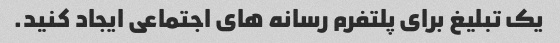
یک تبلیغ برای پلتفرم رسانه های اجتماعی ایجاد کنید.